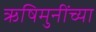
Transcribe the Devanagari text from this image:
ऋषिमुनींच्या